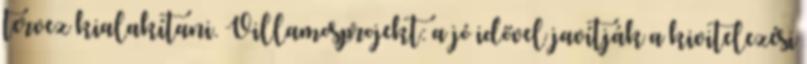
tervez kialakítani. Villamosprojekt: a jó idővel javítják a kivitelezési